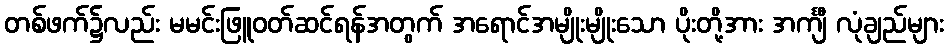
တစ်ဖက်၌လည်း မမင်းဖြူဝတ်ဆင်ရန်အတွက် အရောင်အမျိုးမျိုးသော ပိုးတို့အား အင်္ကျီ လုံချည်များ